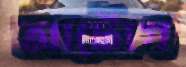
আটোগ